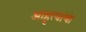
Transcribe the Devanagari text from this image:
आहुत्यांची